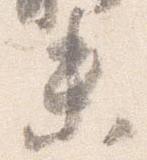
末